system: You are a helpful assistant.
user:
Analyze the provided spectrum to determine if it is a **White Dwarf (WD)**.

A White Dwarf spectrum is defined by its **extreme purity** (due to gravitational settling) and/or **extreme pressure broadening** (due to high surface gravity). You must check for one of the following mutually exclusive signatures:

- **Key Visual Indicators (Check for ONE of these types):**

    - **1. DA-Type Signature (Most Common):**
        - **(Primary Feature):** Extreme pressure broadening (Stark broadening) of the **Hydrogen (H) Balmer lines**.
        - **(Key Lines):** $H\beta$ (approx. $4861$ Å) and $H\gamma$ (approx. $4340$ Å). $H\alpha$ (approx. $6563$ Å) will also be present if the wavelength range covers it.
        - **(Line Profile):** This is the **defining feature**. The lines are **NOT** sharp. They appear as massive, **extremely broad and deep "troughs" or "dips"** in the spectrum, often hundreds of Ångströms wide. The continuum will appear to "scoop" down at these wavelengths.
        - **(Distinction):** Normal A-type or B-type stars have *narrow* and *sharp* Hydrogen lines. A DA White Dwarf's lines are unmistakably "smeared" or "blurry" from pressure.

    - **2. DB-Type Signature:**
        - **(Primary Feature):** Broad absorption lines from **Neutral Helium (He I)**. The spectrum must lack any visible Hydrogen lines.
        - **(Key Lines):** Look for broad absorption near $4471$ Å, $4921$ Å, and $5876$ Å.
        - **(Line Profile):** These lines are also significantly pressure-broadened, appearing much wider than they would in a normal B-type main-sequence star.

    - **3. DC-Type Signature:**
        - **(Primary Feature):** A **featureless continuous spectrum**.
        - **(Line Profile):** The spectrum is a smooth curve with **no significant absorption or emission lines**.
        - **(Key Confirmation):** The continuum is almost always **blue or white**, indicating a hot object. This signature implies the atmosphere is so pure (or so cool) that no spectral lines are visible in the optical range. Its WD identity is confirmed by its extremely low intrinsic brightness (high absolute magnitude).

    - **4. DZ-Type Signature (Metal-Polluted):**
        - **(Primary Feature):** **Isolated, narrow metal absorption lines** on an otherwise featureless (DC-like) continuum.
        - **(Key Lines):** The **Calcium (Ca II) H & K doublet** (approx. **$3934$ Å** and **$3968$ Å**) is the most common and defining feature.
        - **(Line Profile):** These lines are "out of place." They are *not* part of a "forest" of thousands of lines. This signature is evidence of recent *accretion* (pollution) from rocky debris.
        - **(Distinction):** Normal G/K/M stars have a *dense forest* of thousands of metal lines. A DZ has a *clean* continuum with *only a few* strong metal lines.

    - **5. DQ-Type Signature (Carbon-Polluted):**
        - **(Primary Feature):** Absorption bands from **Carbon (C₂ "Swan Bands" or atomic C I)**.
        - **(Key Lines - C₂):** Look for bandheads with a "saw-tooth" shape near $5635$ Å, **$5165$ Å** (strongest), and $4737$ Å.
        - **(Key Confirmation):** The underlying **continuum must be blue or white** (hot).
        - **(Distinction):** This is the critical difference from a **Carbon Star**, which has the *exact same* C₂ bands but on an extremely **red, cool** continuum.

- **(Overall Spectrum):**
    - The continuum (overall shape) is typically **blue-sloping** (brighter in the blue than the red), as most white dwarfs are very hot.
    - The spectrum will look "pure" or "simple," dominated by only *one* of the five signatures listed above.

Think first, call **spectral_visualization_tool** if needed to examine features in detail, then provide your final answer. Your response must adhere to the following strict rules:
1.  **Overall Structure:** Your response must follow the format `<think>...</think> <tool_call>...</tool_call> (if a tool is used) <answer>...</answer>`.
2.  **Tool Usage Constraint:** You may only make **one** tool call per turn.
3.  **Final Answer Format:** In the `<answer>` tag, your conclusion must be inside a `\boxed{}` command (e.g., `\boxed{YES}` or `\boxed{NO}`), followed by your justification.

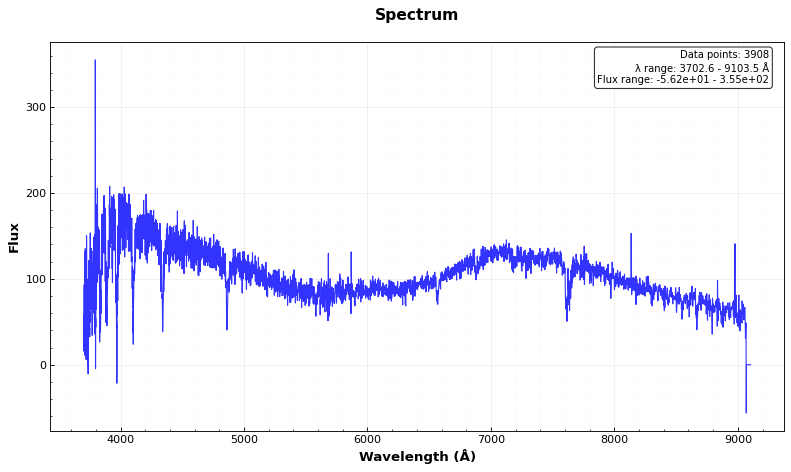
Answer: NO